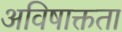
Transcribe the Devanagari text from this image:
अविषाक्तता